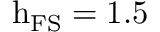
\mathrm { h } _ { \mathrm { F S } } = 1 . 5